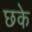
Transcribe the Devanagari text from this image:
छके